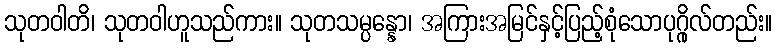
သုတဝါတိ၊ သုတဝါဟူသည်ကား။ သုတသမ္ပန္နော၊ အကြားအမြင်နှင့်ပြည့်စုံသောပုဂ္ဂိုလ်တည်း။